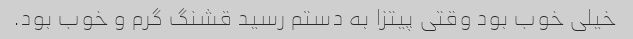
خیلی خوب بود وقتی پیتزا به دستم رسید قشنگ گرم و خوب بود.